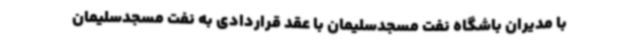
با مدیران باشگاه نفت مسجدسلیمان با عقد قراردادی به نفت مسجدسلیمان